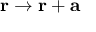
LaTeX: \mathbf { r } \rightarrow \mathbf { r } + \mathbf { a }